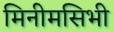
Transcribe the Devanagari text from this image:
मिनीमसिभी